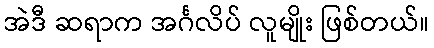
အဲဒီ ဆရာက အင်္ဂလိပ် လူမျိုး ဖြစ်တယ်။